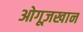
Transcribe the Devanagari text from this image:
ओगूज़खान